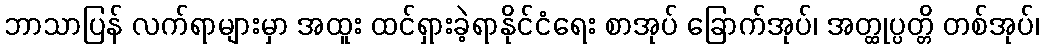
ဘာသာပြန် လက်ရာများမှာ အထူး ထင်ရှားခဲ့ရာနိုင်ငံရေး စာအုပ် ခြောက်အုပ်၊ အတ္ထုပ္ပတ္တိ တစ်အုပ်၊